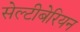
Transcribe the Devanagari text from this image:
सेल्टीबेरियन